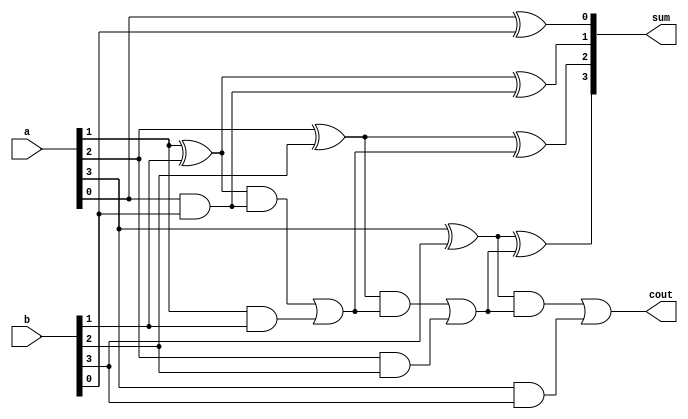
module Fulladder4 (a, b, sum, cout);
    input[3:0] a, b;
    output[3:0] sum;
    output cout;
    wire c1, c2, c3;

    assign sum[0] = a[0] ^ b[0];
    assign c1 = a[0] & b[0];

    assign sum[1] = a[1] ^ b[1] ^ c1;
    assign c2 = ((a[1] ^ b[1]) & c1) | (a[1] & b[1]);

    assign sum [2] = a[2] ^ b[2] ^ c2;
    assign c3 = ((a[2] ^ b[2]) & c2) | (a[2] & b[2]);

    assign sum[3] = a[3] ^ b[3] ^ c3;
    assign cout = ((a[3] ^ b[3]) & c3) | (a[3] & b[3]);
endmodule